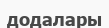
додалары